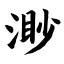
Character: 渺